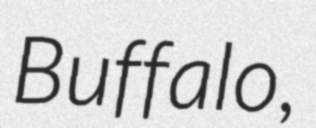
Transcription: Buffalo,